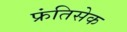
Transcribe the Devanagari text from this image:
फ्रंतिसेक